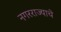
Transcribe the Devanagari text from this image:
नगरराज्याचे